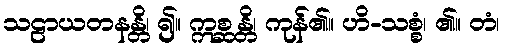
သဠာယတနန္တိ၊ ၍။ ဣစ္ဆန္တိ၊ ကုန်၏။ ဟိ-သစ္စံ၊ ၏။ တံ၊